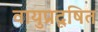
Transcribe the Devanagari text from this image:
वायुप्रदूषित